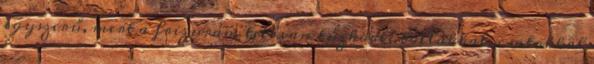
egyszerű, mert a frizurám tele van tűzködve tollakkal, csatokkal